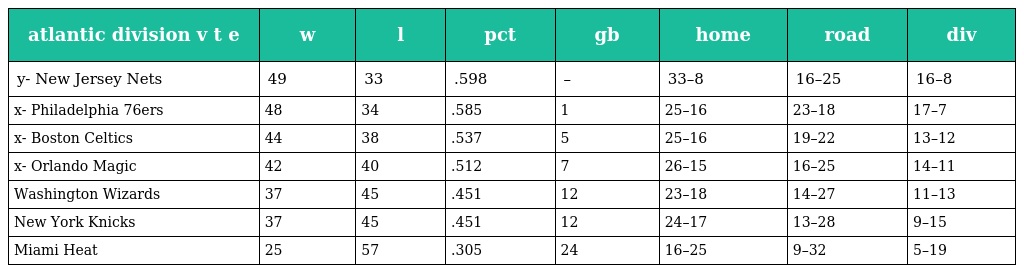
| atlantic division v t e | w | l | pct | gb | home | road | div |
 | --- | --- | --- | --- | --- | --- | --- | --- |
 | y- New Jersey Nets | 49 | 33 | .598 | – | 33–8 | 16–25 | 16–8 |
 | x- Philadelphia 76ers | 48 | 34 | .585 | 1 | 25–16 | 23–18 | 17–7 |
 | x- Boston Celtics | 44 | 38 | .537 | 5 | 25–16 | 19–22 | 13–12 |
 | x- Orlando Magic | 42 | 40 | .512 | 7 | 26–15 | 16–25 | 14–11 |
 | Washington Wizards | 37 | 45 | .451 | 12 | 23–18 | 14–27 | 11–13 |
 | New York Knicks | 37 | 45 | .451 | 12 | 24–17 | 13–28 | 9–15 |
 | Miami Heat | 25 | 57 | .305 | 24 | 16–25 | 9–32 | 5–19 |